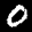
Label: 0